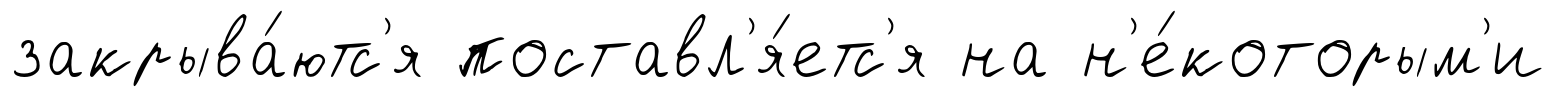
закрыва́ютс'я поставл'я́етс'я на н'е́которым'и